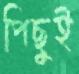
পিছুই